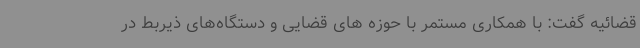
قضائیه گفت: با همکاری مستمر با حوزه های قضایی و دستگاه‌های ذیربط در